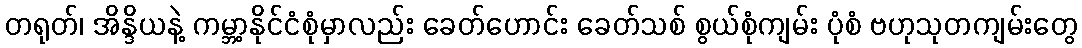
တရုတ်၊ အိန္ဒိယနဲ့ ကမ္ဘာ့နိုင်ငံစုံမှာလည်း ခေတ်ဟောင်း ခေတ်သစ် စွယ်စုံကျမ်း ပုံစံ ဗဟုသုတကျမ်းတွေ